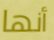
أنها